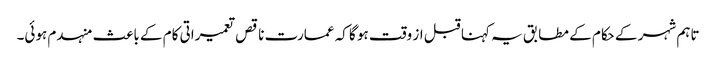
تاہم شہر کے حکام کے مطابق یہ کہنا قبل از وقت ہو گا کہ عمارت ناقص تعمیراتی کام کے باعث منہدم ہوئی۔